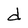
Character: d